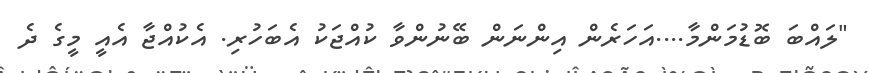
"ލައްބަ ބޮޑުމަންމާ....އަހަރެން އިންނަން ބޭނުންވާ ކުއްޖަކު އެބަހުރި. އެކުއްޖާ އެއީ މީގެ ދެ